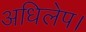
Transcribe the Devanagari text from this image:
अधिलेप।